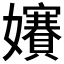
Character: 𡤐